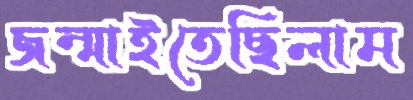
জন্মাইতেছিলাম